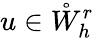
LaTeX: u\in\mathring{W}_{h}^{r}